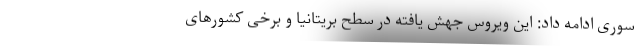
سوری ادامه داد: این ویروس جهش یافته در سطح بریتانیا و برخی کشورهای